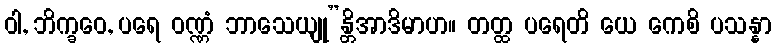
ဝါ, ဘိက္ခဝေ, ပရေ ဝဏ္ဏံ ဘာသေယျု”န္တိအာဒိမာဟ။ တတ္ထ ပရေတိ ယေ ကေစိ ပသန္နာ